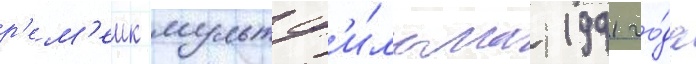
р'ем'еик мультф'и́льма 1991 го́да